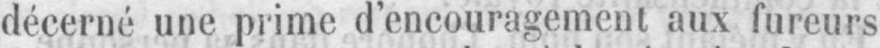
décerné une prime d’encouragement aux fureurs